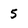
Character: 5